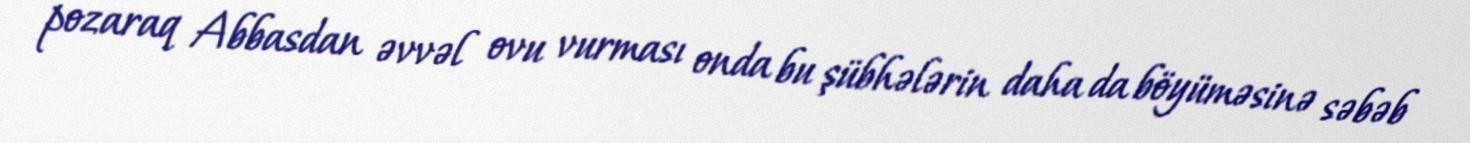
pozaraq Abbasdan əvvəl ovu vurması onda bu şübhələrin daha da böyüməsinə səbəb